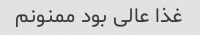
غذا عالی بود ممنونم